Report on sanitation, dispensaries, and jails in Rajputana for 1909, and on vaccination for the year 1909-1910 - 1909-1910
Year: 1909
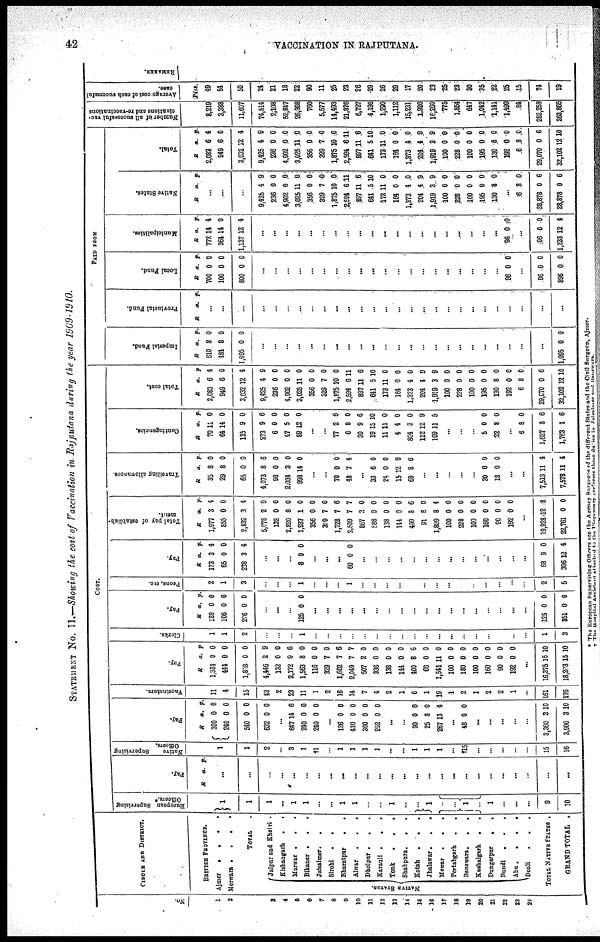
42
VACCINATION IN RAJPUTANA.
STATEMENT No. II.—Showing the cost of Vaccination in Rajputana during the year 1909-1910.
No.
1
2
3
4
5
6
7
8
9
10
11
12
13
14
15
16
17
18
19
20
21
22
23
24
CIRCLE AND DISTRICT.
BRITISH PROVINCE.
Ajmer . . . .
Merwara .
.
.
.
TOTAL .
NATIVE STATES.
Jaipur and Khetri .
Kishangarh .
.
Marwar .
. .
Bikaner .
.
.
Jaisalmer.
.
Sirohi
.
.
Bharatpur
.
.
Alwar
.
.
.
Dho1pur .
. .
Karauli .
.
.
Tonk . . .
Shahpura.
. .
Kotah
. . .
Jhalawar.
.
.
Mewar .
. .
Pertabgarh
.
.
Banswara.
.
.
Kushalgarh
.
.
Dungarpur
.
.
Bundi
.
.
.
Abu .
.
.
.
Deoli . . .
TOTAL NATIVE STATES .
GRAND TOTAL .
COST.
European Supervising
Officers.*
1
1
1
...
1
1
...
...
1
1
...
...
1
...
...
1
..
...
...
...
1
...
...
...
9
10
Pay.
R a. p.
...
...
...
...
...
...
...
...
...
...
...
...
...
...
...
...
...
...
...
...
...
...
...
...
...
Native
Supervising
Officers.
1
1
2
...
3
1
†1
...
1
1
1
1
...
...
1
1
1
...
†15
...
...
...
...
...
15
16
Pay.
R
300
240
540
632
a.
0
0
0
0
p.
0
0
0
0
...
617
240
240
14
0
0
6
0
0
...
126
430
360
252
0
0
0
0
0
0
0
0
...
...
90
25
267
0
8
13
0
0
4
...
48 0 0
...
...
...
...
...
3,360
3,900
3
3
10
10
Vaccinators.
11
1
15
43
2
23
11
1
2
16
14
7
1
2
1
6
11
19
1
2
1
2
2
1
...
161
176
Pay.
R
1,334
444
1,828
4,446
132
2,172
1,563
116
329
1,602
2,049
507
336
138
144
409
66
1,541
100
180
100
160
90
192
a.
0
0
0
2
0
9
8
0
7
7
7
2
0
0
0
8
0
11
0
0
0
0
0
0
p.
0
0
0
9
0
6
0
0
0
6
7
0
0
0
0
6
0
0
0
0
0
0
0
0
...
16,375
18,203
15
15
10
10
Clerks.
1
1
2
...
...
...
1
...
...
...
...
...
...
...
...
...
...
...
...
...
...
...
...
...
...
1
3
Pay.
R
120
106
226
a.
0
0
0
p.
0
0
0
...
...
...
125 0 0
...
...
...
...
...
...
...
...
...
...
...
...
...
...
...
...
...
...
125
351
0
0
0
0
Peons, etc.
2
1
3
...
...
...
1
...
...
...
1
...
...
...
...
...
...
...
...
...
...
...
...
...
...
2
5
Pay.
R
173
65
238
a.
3
0
3
p.
1
0
4
...
...
...
8 9 0
...
...
...
60 0 0
...
...
...
...
...
...
...
...
...
...
...
...
...
...
68
306
9
12
0
1
Total pay of establish-
ment.
R
1,977
855
2,832
5,078
132
2,320
1,937
356
329
1,728
2,539
867
588
138
144
499
91
1,809
100
228
100
160
90
192
a.
3
0
3
2
0
8
1
0
7
7
7
2
0
0
0
8
8
8
0
0
0
0
0
0
p.
4
0
4
9
0
0
0
0
0
6
7
0
0
0
0
6
0
4
0
0
0
0
0
0
...
19,928
22,761
12
0
8
0
Travelling allowances.
R
35
29
65
4,073
98
2,034
998
a.
8
8
0
8
0
3
14
p.
0
0
0
6
0
0
0
...
...
70
48
0
7
0
4
...
33
24
15
69
6
0
12
8
0
0
9
6
...
...
...
...
...
30
18
0
0
0
0
...
...
7,513
7,578
11
11
1
4
Contingencies.
R
70
64
135
273
6
47
89
a.
11
11
9
9
0
5
12
p.
0
0
0
6
0
0
0
...
...
77
6
30
19
11
4
804
112
109
2
8
9
15
11
4
3
12
11
6
0
6
10
0
0
0
9
5
...
...
...
5
22
0
8
0
0
...
6
1,627
1,763
8
8
1
0
6
6
Total cost.
R
2,083
949
3,032
9,425
236
4,902
3,025
356
329
1,875
2,594
897
641
173
164
1,373
204
1,919
100
228
100
195
130
192
6
29,070
32,102
a.
6
6
12
4
0
0
11
0
7
10
6
11
5
11
0
4
4
3
0
0
0
0
8
0
8
0
12
p.
4
0
4
9
0
0
0
0
0
0
11
6
10
0
0
0
9
9
0
0
0
0
0
0
0
6
10
PAID FROM
Imperial Fund.
R
610
484
1,095
a.
8
8
0
p.
0
0
0
...
...
...
...
...
...
...
...
...
...
...
...
...
...
...
...
...
...
...
...
...
...
...
1,095 0 0
Provincial Fund.
R
a. p.
...
...
...
...
...
...
...
...
...
...
...
...
...
...
...
...
...
...
...
...
...
...
...
...
...
...
...
Local Fund.
R
700
100
800
a.
0
0
0
p.
0
0
0
...
...
...
...
...
...
...
...
...
...
...
...
...
...
...
...
...
...
...
...
96 0 0
...
96
896
0
0
0
0
Municipalities.
R
772
364
1,137
a.
14
14
12
p.
4
0
4
...
...
...
...
...
...
...
...
...
...
...
...
...
...
...
...
...
...
...
...
96 0 0
...
96
1,233
0
12
0
4
Native States.
R
a. p.
...
...
...
9,125
236
4,902
3,025
356
329
1,875
2,594
897
641
173
164
1,373
204
1,919
100
228
100
195
130
4
0
0
11
0
7
10
6
11
5
11
0
4
4
3
0
0
0
0
8
9
0
0
0
0
0
0
11
6
10
0
0
0
9
9
0
0
0
0
0
...
6
28,878
28,878
8
0
0
0
6
6
Total.
R
2,083
949
3,032
9,425
236
4,902
3,025
356
329
1,875
2,594
897
641
173
164
1,373
204
1,919
100
228
100
195
130
192
6
29,070
32,102
a.
6
6
12
4
0
0
11
0
7
10
6
11
5
11
0
4
4
3
0
0
0
0
8
0
8
0
12
p.
4
0
4
9
0
0
0
0
0
0
11
6
10
0
0
0
9
9
0
0
0
0
0
0
0
6
10
Number of all successful vac¬
cinations and re-vaccinations
8,219
3,338
11,607
74,514
2,108
52,817
26,308
760
5,577
14,493
21,876
6,727
4,196
1,290
1,112
15,231
1,926
16,260
775
1,854
647
1,042
1,141
1,490
84
252,258
263,865
Average cost of each successful
case.
Pies
49
54
50
24
21
18
22
90
11
25
23
26
29
26
29
17
20
23
25
23
30
35
22
25
15
74
19
REMARKS.
* The European Supervising Officers are the Agency Surgeons of the different States and the Civil Surgeon Aimer
† The Hospital Assistant attached to the Dispensary performs these duties in Jaisalmer and Banswara.